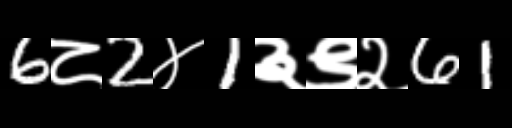
Text: 6८2४1३९२61